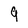
Character: 9